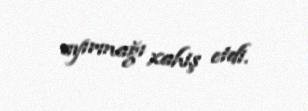
ayırmağı xahiş etdi.